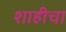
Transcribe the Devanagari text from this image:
शाहीचा